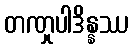
တဏှုပါဒိန္နဿ